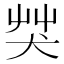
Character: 𦬦